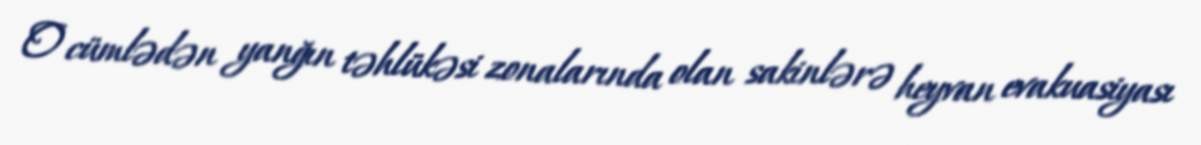
O cümlədən yanğın təhlükəsi zonalarında olan sakinlərə heyvan evakuasiyası